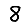
Digit: 8